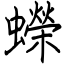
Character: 蠑